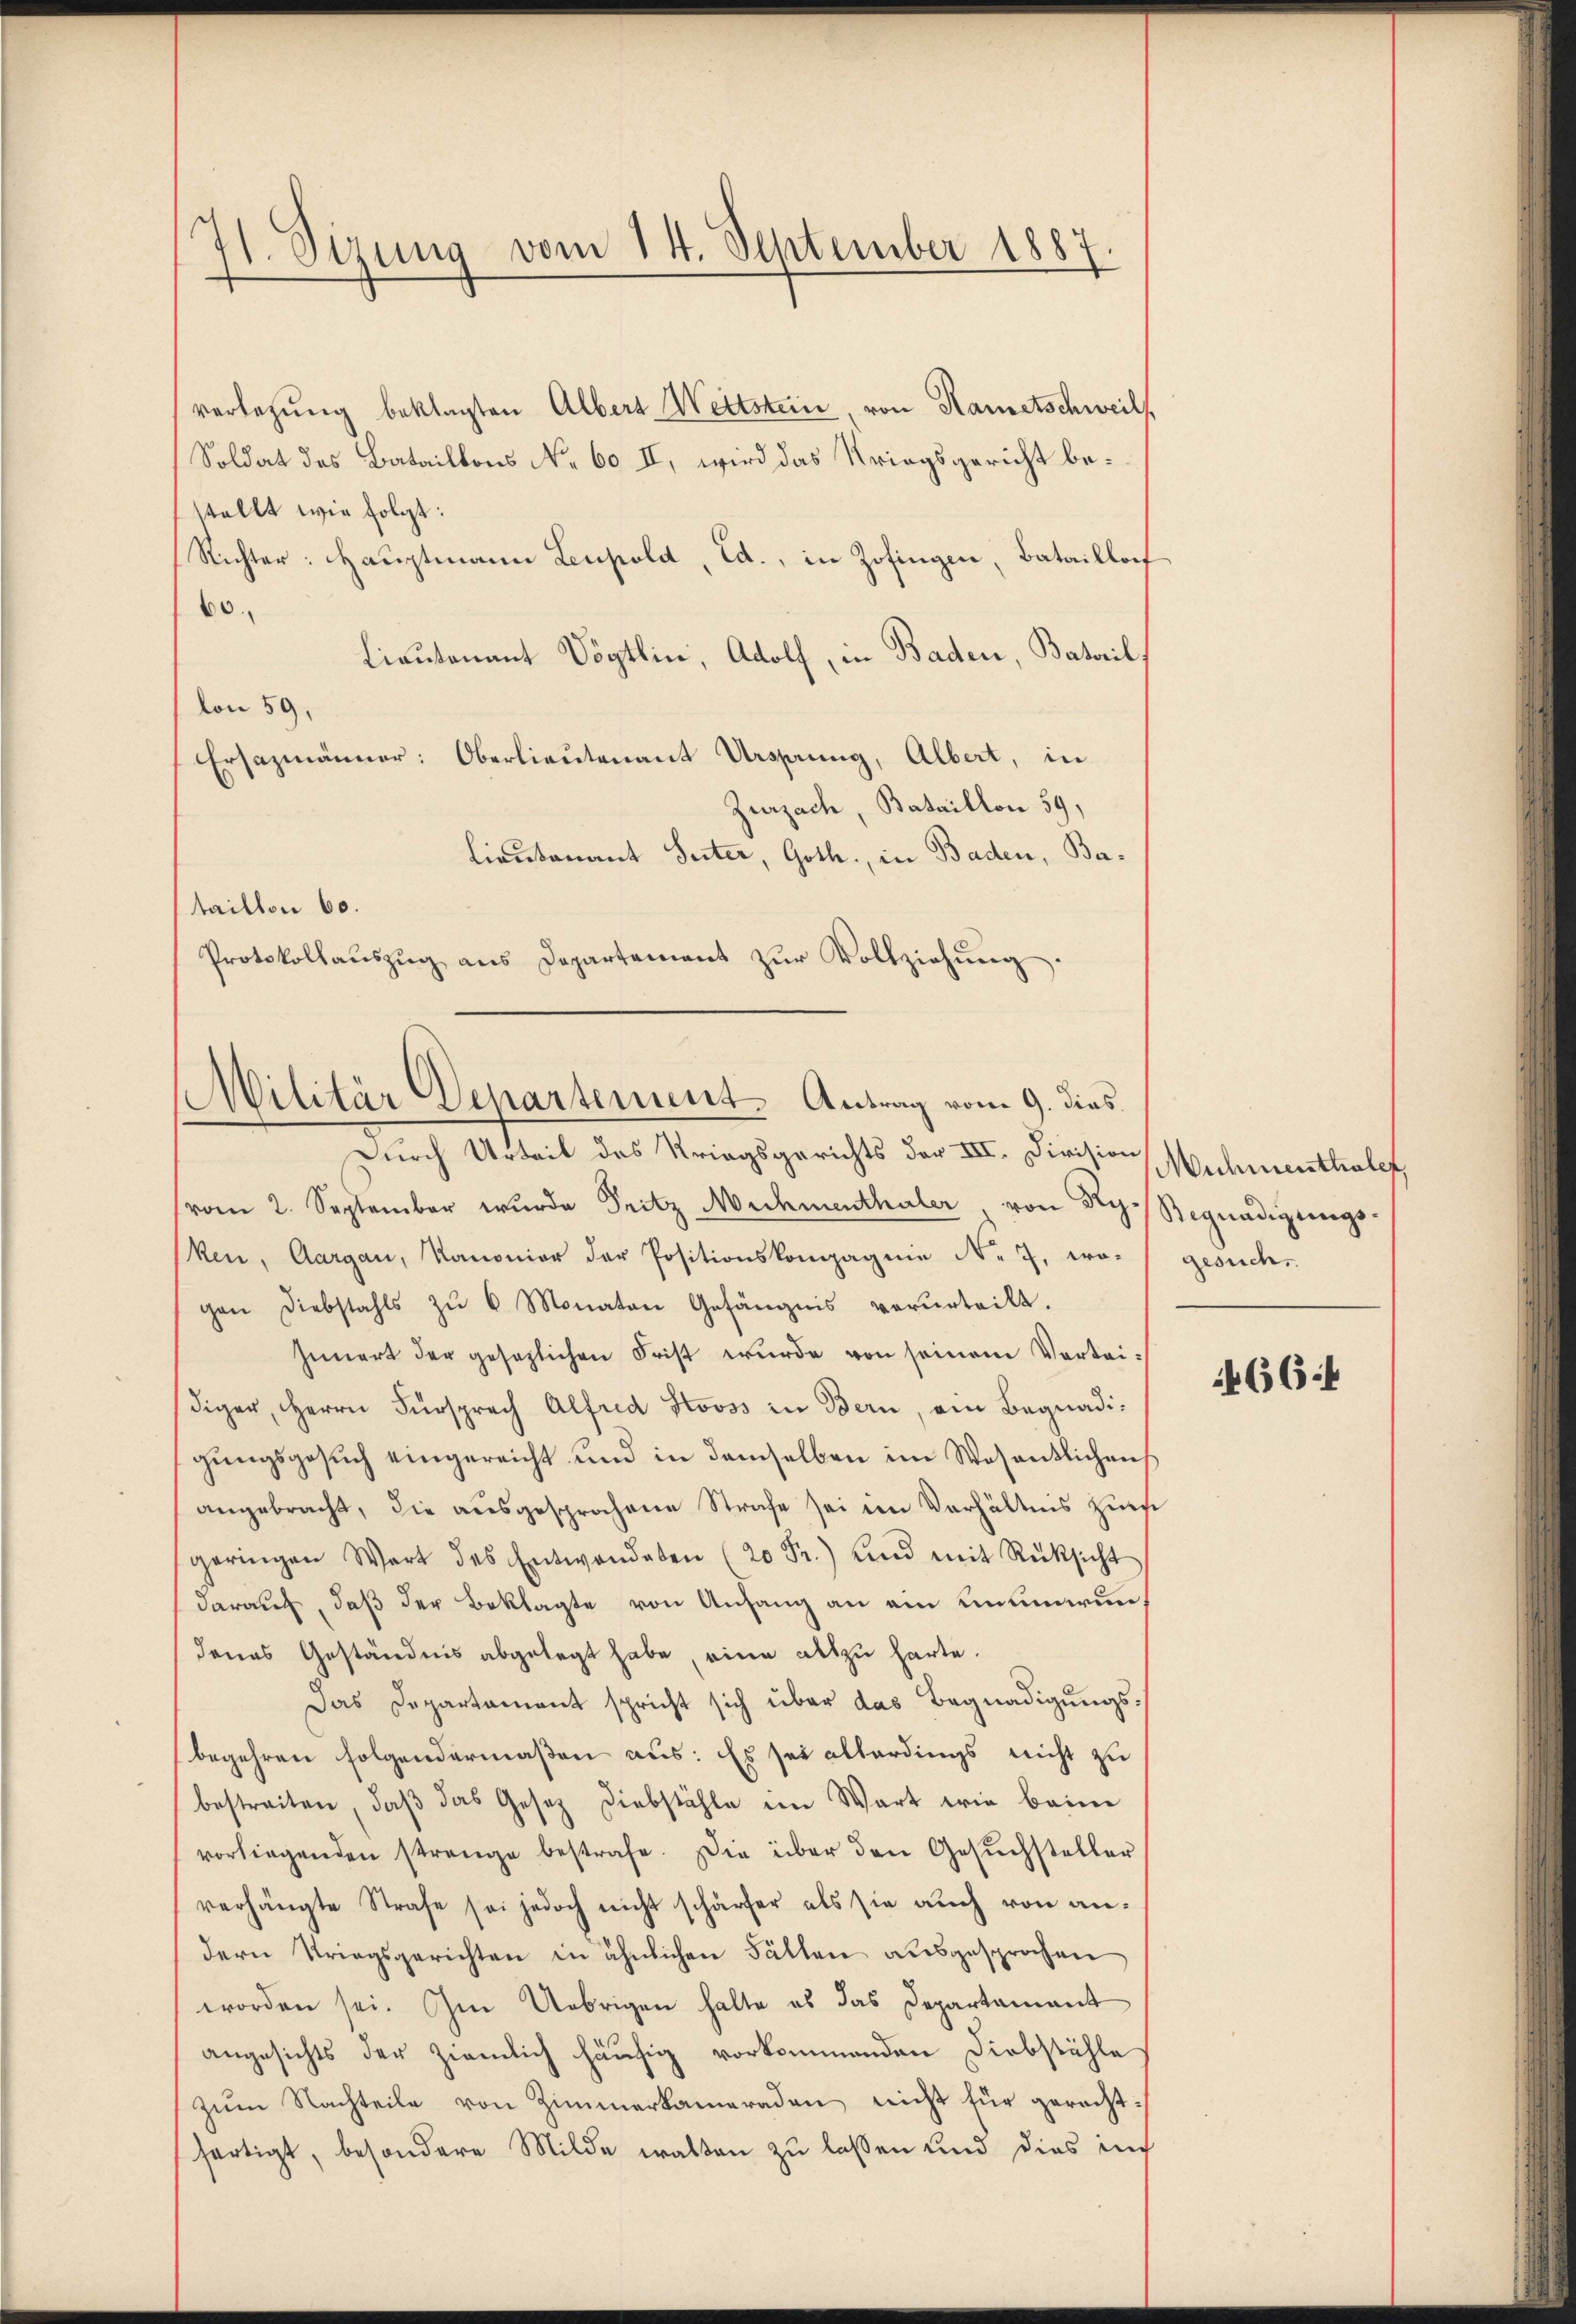
71. Sizung vom 14. September 1887.

verlegung beklagten Albers Wettstein, von Kametschweils
Soldat des Bataillons No. 60 II, wird das Kriegsgericht bestellt wie folgt:
Richter: Hauptmann Leupold, Ed., in Zofingen, Bataillof
60.
Lieutenant Vögtlin, Adolf, in Baden, Batail,
lon 59,
Ersazmänner: Oberlieutenant Ursprung, Albert, in
Zurzach, Bataillon 59,
Lieutenant Suter, Goth., in Baden, Bataillon 60.
Protokollauszug aus Departement zur Vollziehung.

Militär Departement. Antrag vom 9. dies

Durch Urteil des Kriegsgerichts der III. Division,
vom 2. September wurde Pritz Muhmenthaler von Rg. Begnadigungs-
ken, Aargau, Kanonier der Positionskompagnie N. 7, wo gesucht
gen Diebstahls zŭ 6 Monaten Gefängnis verurteilt.
Innert der gesezlichen Frist wurde von seinem Vorteidiger, Herrn Fürsprach Alfred Stooss in Bern, ein Begnadigungsgesuch eingereicht und in demselben im Wesentlichens
angebracht, die ausgesprochene Strafe sei im Verhältnis zur
geringen Wort des Entwenden 2 Fr.) und mit Rücksicht
darauf, daß der Beklagte von Anfang an ein immerundenes Geständnis abgelegt habe, eine als zu harte.
Das Departament spricht sich über das Begnadigungsbegehren folgendermaßen aus: Es sei allerdings nicht zu
bestreiten, daβ das Gesetz Diebstähle im Wart wie beine
vorliegenden strenge bestrafe. Die über den Gesŭchsteller
verhängte Strafe sei jedoch nicht schärfer als sie auch von andern Kriegsgerichten in ähnlichen Fällen ausgesprochen
worden sei. Im Uebrigen halte es das Departamant
angesichts der ziemlich häufig vorkommenden Diebstähle
zŭm Nachteile von Zimmerkameraden nicht für gerechtfertigt, besondere Milde walten zu lassen und dies auch

Muhmenthalef,

66: